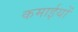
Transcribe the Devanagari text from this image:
कमाईयों